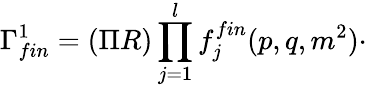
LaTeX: \Gamma_{fin}^{1}=(\Pi R)\prod_{j=1}^{l}f_{j}^{fin}(p,q,m^{2})\cdot